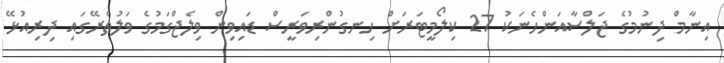
އިނާމް ދިނުމުގެ ޖަލްސާއަންހެނަކު 27 ކިލޯމީޓަރަށް ހިނގުންރިވަރީސް ޑައިވިން ވިލެޖްގަމުގެ ވަލުތެރޭގައި ދިރިއުޅޭ